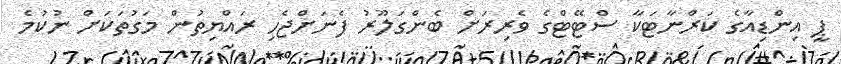
ޕީ އިންޑިއާގެ ކަރްނާޓަކާ ސްޓޭޓްގެ ވެރިރަށް ބެންގަލޫރު ފެނަށްޖެހި ރައްޔިތުން މަގުތަކަށް ނުކުމެ